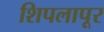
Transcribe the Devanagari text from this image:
शिपलापूर